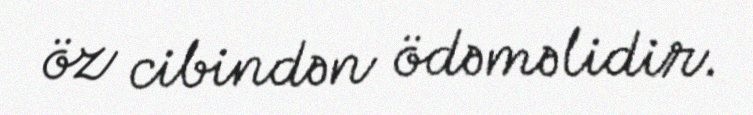
öz cibindən ödəməlidir.